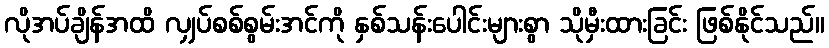
လိုအပ်ချိန်အထိ လျှပ်စစ်စွမ်းအင်ကို နှစ်သန်းပေါင်းများစွာ သိုမှီးထားခြင်း ဖြစ်နိုင်သည်။